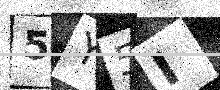
Text: 5Y5I